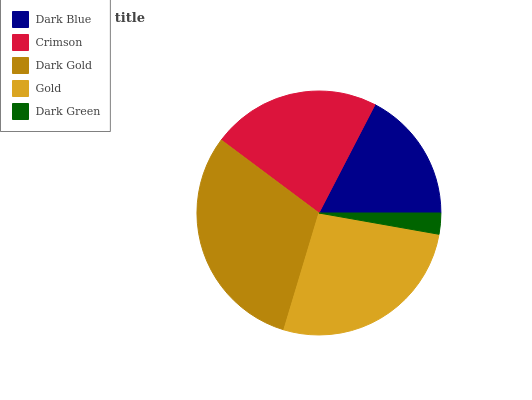
| Dark Blue | Crimson | Dark Gold | Gold | Dark Green |
 | --- | --- | --- | --- | --- |
 | 17.3% | 22.4% | 30.5% | 26.9% | 2.78% |